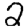
Digit: 2